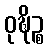
ဝုဍ္ဎိဉ္စ